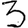
Digit: 3